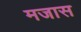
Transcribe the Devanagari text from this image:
मजास